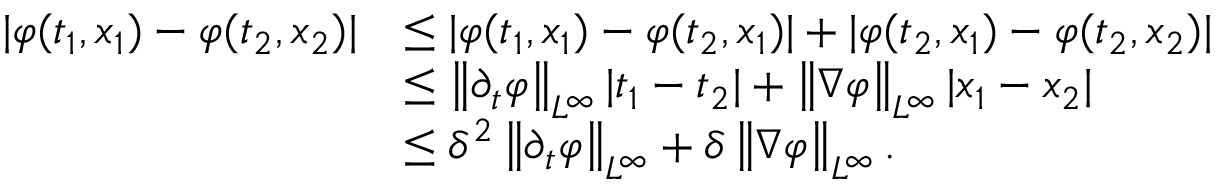
\begin{array} { r l } { | \varphi ( t _ { 1 } , x _ { 1 } ) - \varphi ( t _ { 2 } , x _ { 2 } ) | } & { \le | \varphi ( t _ { 1 } , x _ { 1 } ) - \varphi ( t _ { 2 } , x _ { 1 } ) | + | \varphi ( t _ { 2 } , x _ { 1 } ) - \varphi ( t _ { 2 } , x _ { 2 } ) | } \\ & { \le \left\lVert \partial _ { t } \varphi \right\rVert _ { L ^ { \infty } } | t _ { 1 } - t _ { 2 } | + \left\lVert \nabla \varphi \right\rVert _ { L ^ { \infty } } | x _ { 1 } - x _ { 2 } | } \\ & { \le \delta ^ { 2 } \left\lVert \partial _ { t } \varphi \right\rVert _ { L ^ { \infty } } + \delta \left\lVert \nabla \varphi \right\rVert _ { L ^ { \infty } } . } \end{array}